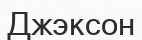
Джэксон